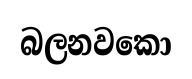
බලනවකො